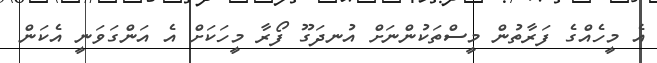
އެ މީހެއްގެ ފަރާތުން މީސްތަކުންނަށް އުނދަގޫ ފޯރާ މީހަކަށް އެ އަންގަވަނީ އެކަން